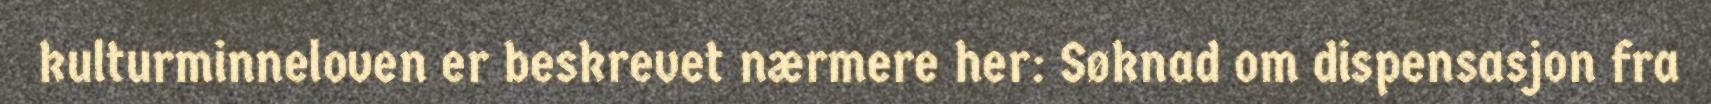
kulturminneloven er beskrevet nærmere her: Søknad om dispensasjon fra